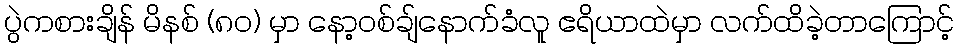
ပွဲကစားချိန် မိနစ် (၈၀) မှာ နော့ဝစ်ချ်နောက်ခံလူ ဧရိယာထဲမှာ လက်ထိခဲ့တာကြောင့်